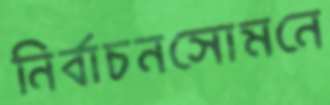
নির্বাচনসোমনে